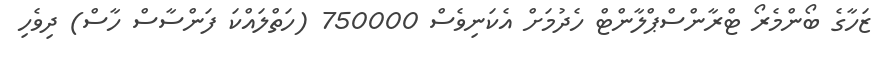
ޒަހާގެ ބޯންމެރޯ ޓްރާންސްޕްލާންޓް ހެދުމަށް އެކަނިވެސް 750000 (ހަތްލައްކަ ފަންސާސް ހާސް) ދިވެހި